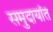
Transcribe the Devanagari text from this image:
समुदायांत